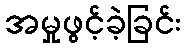
အမှုဖွင့်ခဲ့ခြင်း